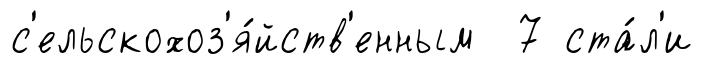
с'ельскохоз'я́йств'енным 7 ста́л'и